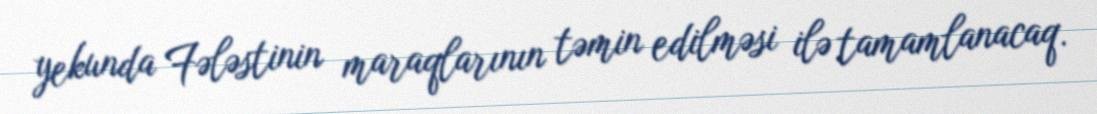
yekunda Fələstinin maraqlarının təmin edilməsi ilə tamamlanacaq.